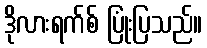
ဒိုလားရက်စ် ပြုံးပြသည်။